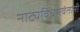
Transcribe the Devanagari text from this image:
नाट्यविचारवंतांनी